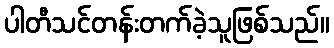
ပါတီသင်တန်းတက်ခဲ့သူဖြစ်သည်။